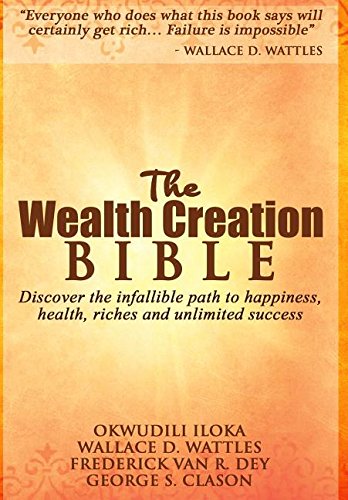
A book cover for The Wealth Creation Bible: Discover the infallible path to happiness, health, riches and unlimited success; Okwudili Iloka; Business & Money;